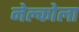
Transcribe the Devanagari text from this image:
नेल्कोला